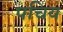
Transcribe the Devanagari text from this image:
पचिय